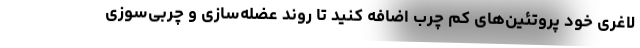
لاغری خود پروتئین‌های کم چرب اضافه کنید تا روند عضله‌سازی و چربی‌سوزی